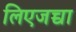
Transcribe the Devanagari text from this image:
लिएजच्चा